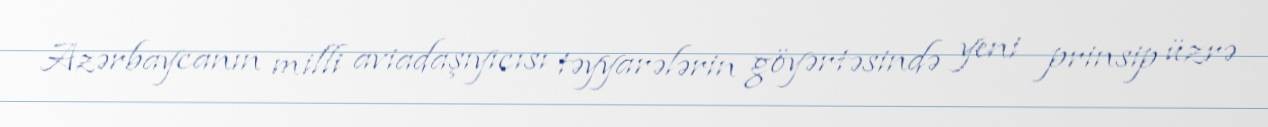
Azərbaycanın milli aviadaşıyıcısı təyyarələrin göyərtəsində yeni prinsip üzrə